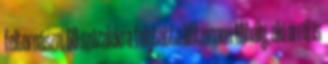
feltornászni 60 százalékra folytatta Witzmann Mihály, aki arról is